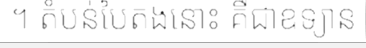
។ តំបន់បៃតងនោះ គឺជាឧទ្យាន